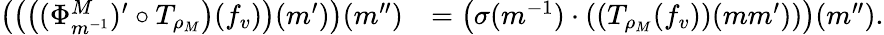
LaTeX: \begin{array}{rl}{\left(\left(\left((\Phi_{m^{-1}}^{M})^{\prime}\circ T_{\rho_{M}}\right)(f_{v})\right)(m^{\prime})\right)(m^{\prime\prime})}&{=\left(\sigma(m^{-1})\cdot\left(\left(T_{\rho_{M}}(f_{v})\right)(mm^{\prime})\right)\right)(m^{\prime\prime}).}\end{array}